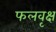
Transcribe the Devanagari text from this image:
फलवृक्ष